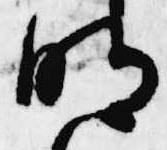
明